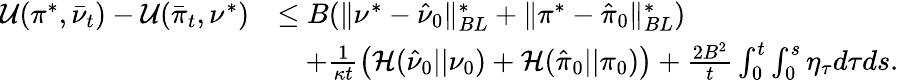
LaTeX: \begin{array}{rl}{\mathcal{U}(\pi^{*},\bar{\nu}_{t})-\mathcal{U}(\bar{\pi}_{t},\nu^{*})}&{\leq B(\| \nu^{*}-\hat{\nu}_{0}\| _{BL}^{*}+\| \pi^{*}-\hat{\pi}_{0}\| _{BL}^{*})}\\ &{\quad+\frac{1}{\kappa t}\left(\mathcal H(\hat{\nu}_{0}||\nu_{0})+\mathcal H(\hat{\pi}_{0}||\pi_{0})\right)+\frac{2B^{2}}{t}\int_{0}^{t}\int_{0}^{s}\eta_{\tau}d\tau ds.}\end{array}